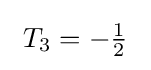
\ T_{3}=-{\tfrac {1}{2}}~